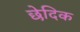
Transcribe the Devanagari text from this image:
छेदिक